Annual administration report of the Civil Veterinary Department of India - 1895-1896
Year: 1895
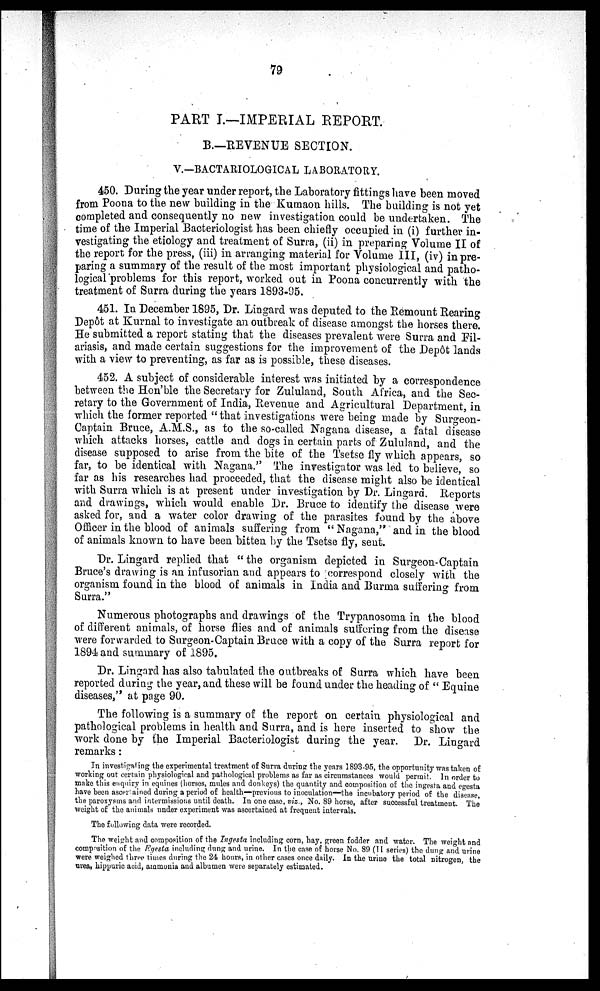
79
PART I.—IMPERIAL REPORT.
B.—REVENUE SECTION.
V.—BACTARIOLOGICAL LABORATORY.
450. During the year under report, the Laboratory fittings have been moved
from Poona to the new building in the Kumaon hills. The building is not yet
completed and consequently no new investigation could be undertaken. The
time of the Imperial Bacteriologist has been chiefly occupied in (i) further in-
vestigating the etiology and treatment of Surra, (ii) in preparing Volume II of
the report for the press, (iii) in arranging material for Volume III, (iv) in pre-
paring a summary of the result of the most important physiological and patho-
logical problems for this report, worked out in Poona concurrently with the
treatment of Surra during the years 1893-95.
451. In December 1895, Dr. Lingard was deputed to the Remount Rearing
Depôt at Kurnal to investigate an outbreak of disease amongst the horses there.
He submitted a report stating that the diseases prevalent were Surra and Fil-
ariasis, and made certain suggestions for the improvement of the Depôt lands
with a view to preventing, as far as is possible, these diseases.
452. A subject of considerable interest was initiated by a correspondence
between the Hon'ble the Secretary for Zululand, South Africa, and the Sec-
retary to the Government of India, Revenue and Agricultural Department, in
which the former reported "that investigations were being made by Surgeon-
Captain Bruce, A.M.S., as to the so-called Nagana disease, a fatal disease
which attacks horses, cattle and dogs in certain parts of Zululand, and the
disease supposed to arise from the bite of the Tsetse fly which appears, so
far, to be identical with Nagana." The investigator was led to believe, so
far as his researches had proceeded, that the disease might also be identical
with Surra which is at present under investigation by Dr. Lingard. Reports
and drawings, which would enable Dr. Bruce to identify the disease were
asked for, and a water color drawing of the parasites found by the above
Officer in the blood of animals suffering from "Nagana," and in the blood
of animals known to have been bitten by the Tsetse fly, sent.
Dr. Lingard replied that "the organism depicted in Surgeon-Captain
Bruce's drawing is an infusorian and appears to correspond closely with the
organism found in the blood of animals in India and Burma suffering from
Surra."
Numerous photographs and drawings of the Trypanosoma in the blood
of different animals, of horse flies and of animals suffering from the disease
were forwarded to Surgeon-Captain Bruce with a copy of the Surra report for
1894 and summary of 1895.
Dr. Lingard has also tabulated the outbreaks of Surra which have been
reported during the year, and these will be found under the heading of " Equine
diseases," at page 90.
The following is a summary of the report on certain physiological and
pathological problems in health and Surra, and is here inserted to show the
work done by the Imperial Bacteriologist during the year. Dr. Lingard
remarks:
In investigating the experimental treatment of Surra during the years 1893-95, the opportunity was taken of
working out certain physiological and pathological problems as far as circumstances would permit In order to
make this enquiry in equines (horses, mules and donkeys) the quantity and composition of the ingesta and egesta
have been ascertained during a period of health—previous to inoculation—the incubatory period of the disease,
the paroxysms and intermissions until death. In one case, viz., No. 89 horse, after successful treatment. The
weight of the animals under experiment was ascertained at frequent intervals.
The following data were recorded.
The weight and composition of the Ingesta including corn, hay, green fodder and water. The weight and
composition of the Egesta including dung and urine. In the case of horse No. 89 (II series) the dung and urine
were weighed three times during the 24 hours, in other cases once daily. In the urine the total nitrogen, the
urea, hippuric acid, ammonia and albumen were separately estimated.